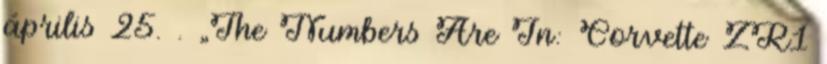
április 25. . „The Numbers Are In: Corvette ZR1